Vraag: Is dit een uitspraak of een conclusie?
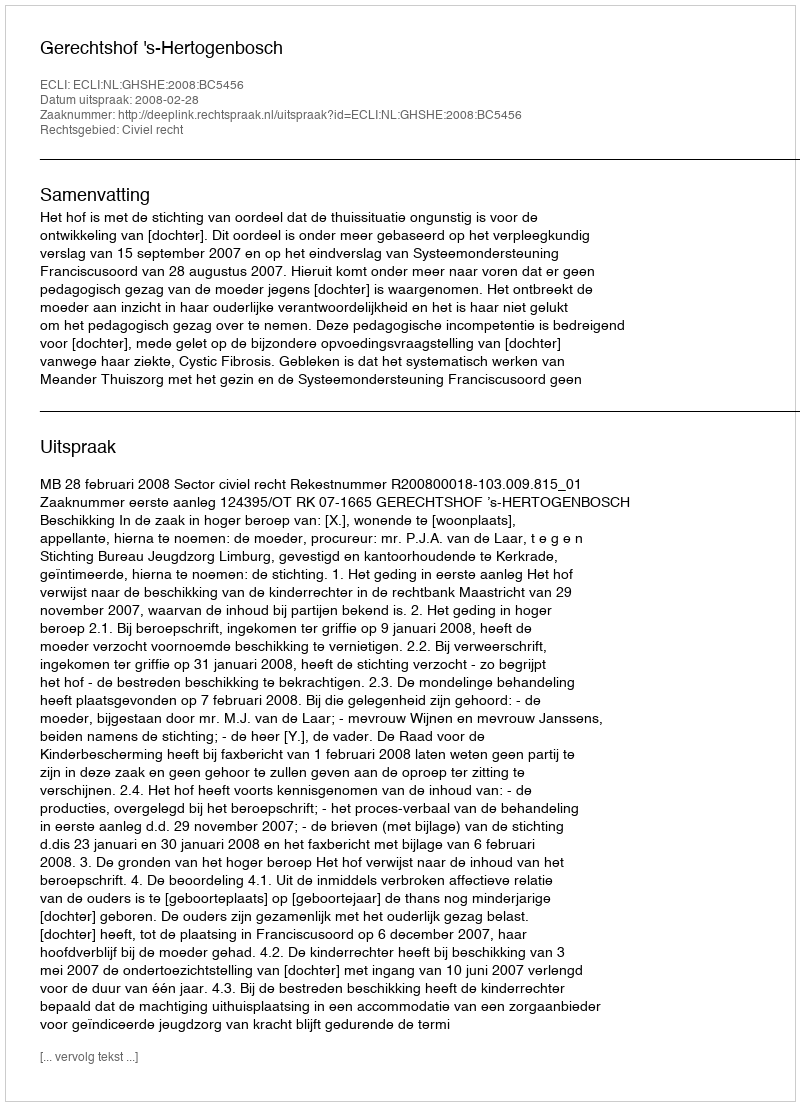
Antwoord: Uitspraak